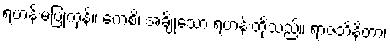
ရဟန်းမပြုကုန်။ ကေစိ၊ အချို့သော ရဟန်းတို့သည်။ ရာဇဘိနိတာ၊